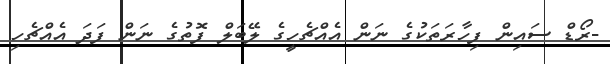
-ރޯޑް ސައިން ފިހާރަތަކުގެ ނަން އެއްޗެހީގެ ލޭބަލް ފޮތުގެ ނަން ފަދަ އެއްޗެހި